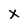
Character: x